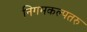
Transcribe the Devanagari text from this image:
निगमकल्पतरु